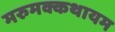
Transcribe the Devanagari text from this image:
मरुमक्कथायम